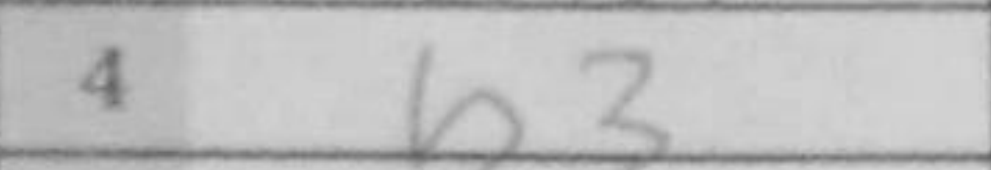
Transcription: b3